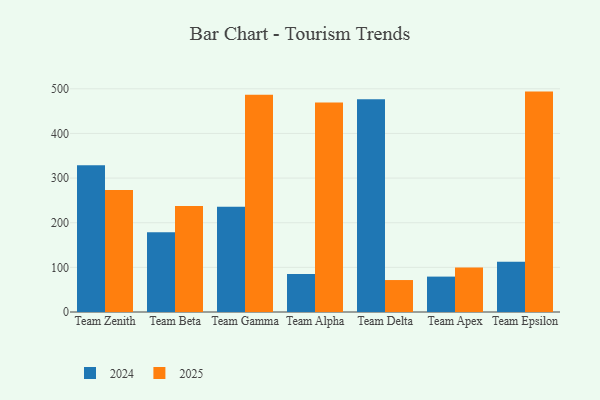
{"axis": {"x": "Team", "y": "Tickets Resolved"}, "legend": ["2024", "2025"], "data": [{"x": "Team Zenith", "y": 328.6, "type": "2024"}, {"x": "Team Zenith", "y": 273.3, "type": "2025"}, {"x": "Team Beta", "y": 178.4, "type": "2024"}, {"x": "Team Beta", "y": 237.5, "type": "2025"}, {"x": "Team Gamma", "y": 235.7, "type": "2024"}, {"x": "Team Gamma", "y": 486.8, "type": "2025"}, {"x": "Team Alpha", "y": 85.4, "type": "2024"}, {"x": "Team Alpha", "y": 469.4, "type": "2025"}, {"x": "Team Delta", "y": 476.3, "type": "2024"}, {"x": "Team Delta", "y": 71.6, "type": "2025"}, {"x": "Team Apex", "y": 79.3, "type": "2024"}, {"x": "Team Apex", "y": 99.7, "type": "2025"}, {"x": "Team Epsilon", "y": 112.6, "type": "2024"}, {"x": "Team Epsilon", "y": 493.7, "type": "2025"}]}